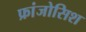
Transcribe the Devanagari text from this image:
फ्रांजोसिश